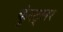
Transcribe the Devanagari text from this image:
कुंस्ट्लर